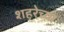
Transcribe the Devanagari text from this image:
शहरेच्या